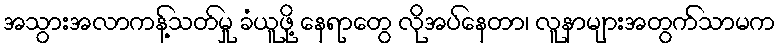
အသွားအလာကန့်သတ်မှု ခံယူဖို့ နေရာတွေ လိုအပ်နေတာ၊ လူနာများအတွက်သာမက